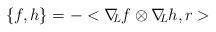
LaTeX: \begin{align*}\{ f,h\} =-<\nabla \!\! _{L}f\otimes \nabla \! \! _{L}h,r>\end{align*}